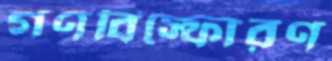
গণবিস্ফোরণ